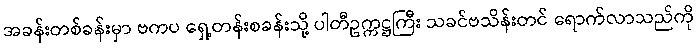
အခန်းတစ်ခန်းမှာ ဗကပ ရှေ့တန်းစခန်းသို့ ပါတီဥက္ကဋ္ဌကြီး သခင်ဗသိန်းတင် ရောက်လာသည်ကို